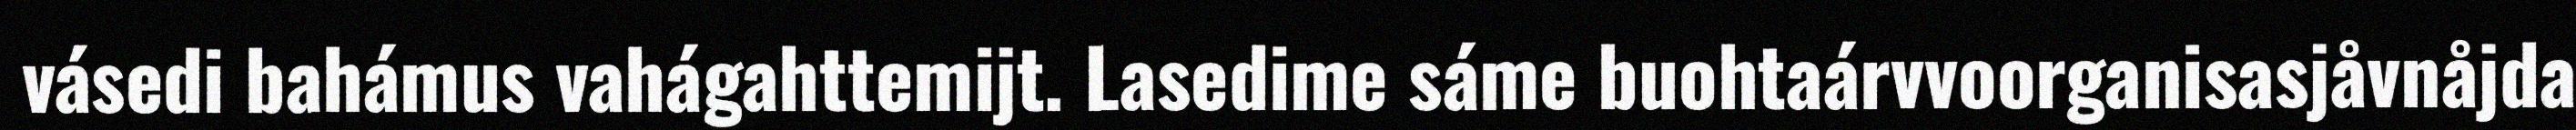
vásedi bahámus vahágahttemijt. Lasedime sáme buohtaárvvoorganisasjåvnåjda